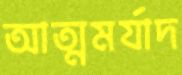
আত্মমর্যাদ